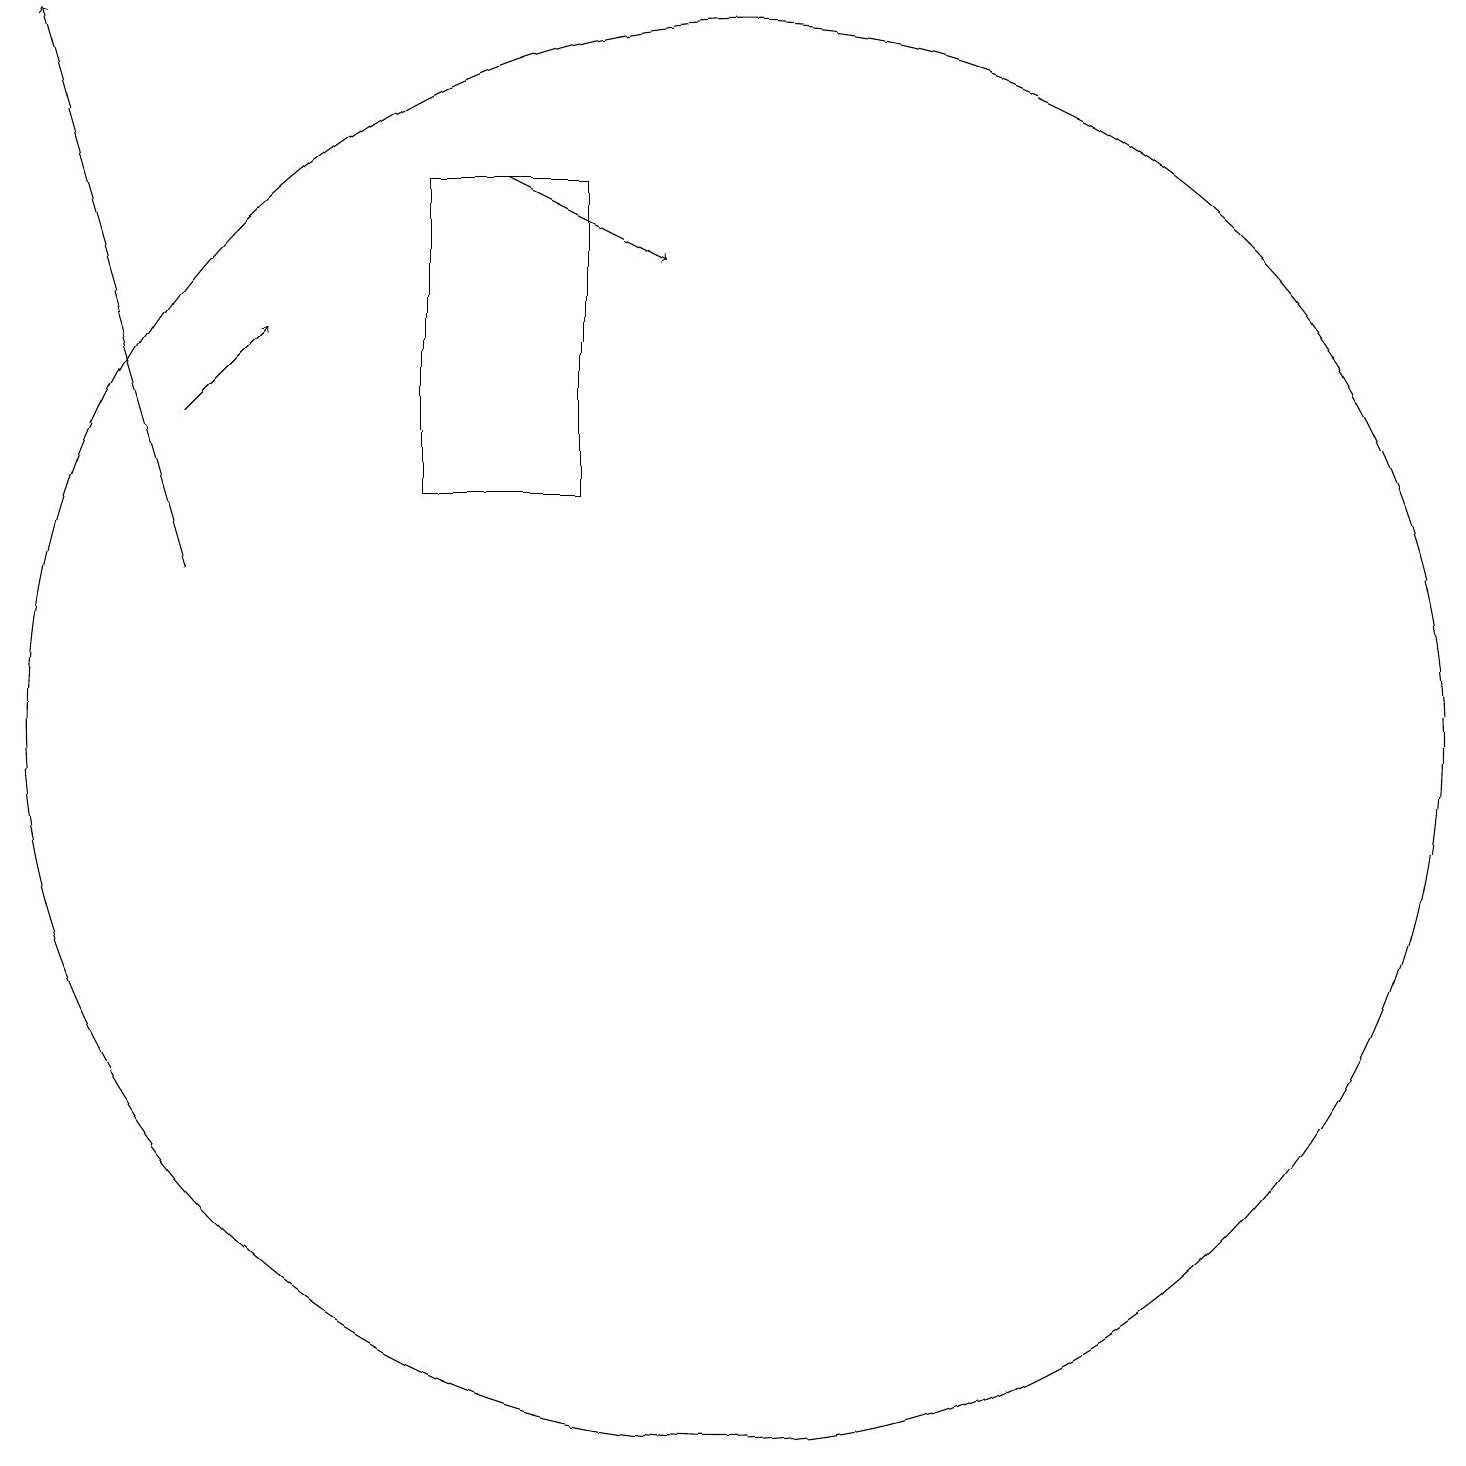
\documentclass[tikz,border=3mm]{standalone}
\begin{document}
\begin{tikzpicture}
\draw (6,17) rectangle (8,13);
\draw (10,10) circle (9);
\draw[->] (3,14) -- (4,15);
\draw[->] (7,17) -- (9,16);
\draw[->] (3,12) -- (1,19);
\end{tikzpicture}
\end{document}